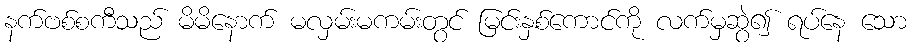
နက်ဗစ်စကီသည် မိမိနောက် မလှမ်းမကမ်းတွင် မြင်းနှစ်ကောင်ကို လက်မှဆွဲ၍ ရပ်နေ သော